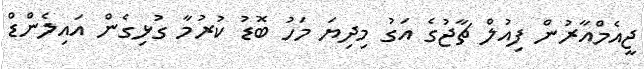
ޖީއެމްއާރުން ފިއުލް ޗާޖުގެ އަގު މިދިޔަ މަހު ބޮޑު ކުރުމާ ގުޅިގެން އައިލެންޑް